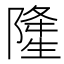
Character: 𨼇